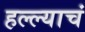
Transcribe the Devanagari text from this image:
हल्ल्याचं